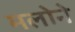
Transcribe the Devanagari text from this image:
मलोने